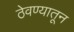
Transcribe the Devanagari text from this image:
ठेवण्यातून